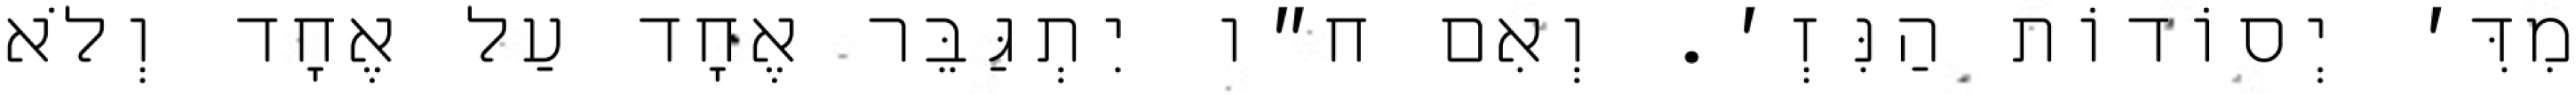
מִדִּ׳ יְסוֹדוֹת הַנִּזְ׳. וְאִם ח״ו יִתְגַּבֵּר אֶחָד עַל אֶחָד וְלֹא